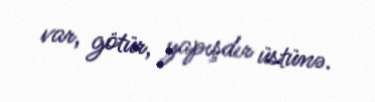
var, götür, yapışdır üstünə.